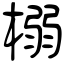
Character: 榒